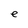
Character: e